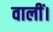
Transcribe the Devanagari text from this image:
वालीं।